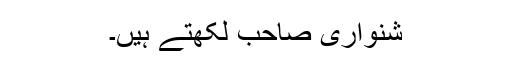
شنواری صاحب لکھتے ہیں۔